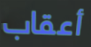
أعقاب